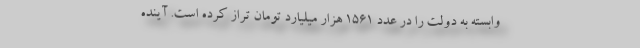
وابسته به دولت را در عدد ۱۵۶۱ هزار میلیارد تومان تراز کرده است. آینده